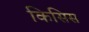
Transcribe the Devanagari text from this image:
किसिस